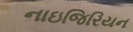
નાઇજિરિયન